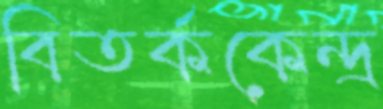
বিতর্ককেন্দ্র